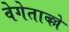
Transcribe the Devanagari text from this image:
वेगेताब्ल्ले